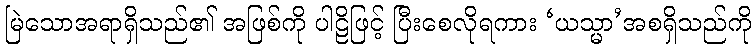
မြဲသောအရာရှိသည်၏ အဖြစ်ကို ပါဠိဖြင့် ပြီးစေလိုရကား ‘ယသ္မာ’အစရှိသည်ကို